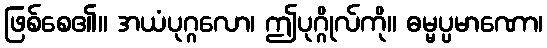
ဖြစ်စေ၏။ အယံပုဂ္ဂလော၊ ဤပုဂ္ဂိုလ်ကို။ ဓမ္မပ္ပမာဏော၊